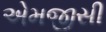
એમજીસી